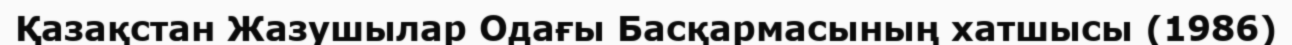
Қазақстан Жазушылар Одағы Басқармасының хатшысы (1986)